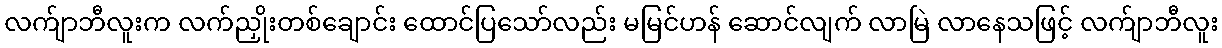
လက်ျာဘီလူးက လက်ညှိုးတစ်ချောင်း ထောင်ပြသော်လည်း မမြင်ဟန် ဆောင်လျက် လာမြဲ လာနေသဖြင့် လက်ျာဘီလူး